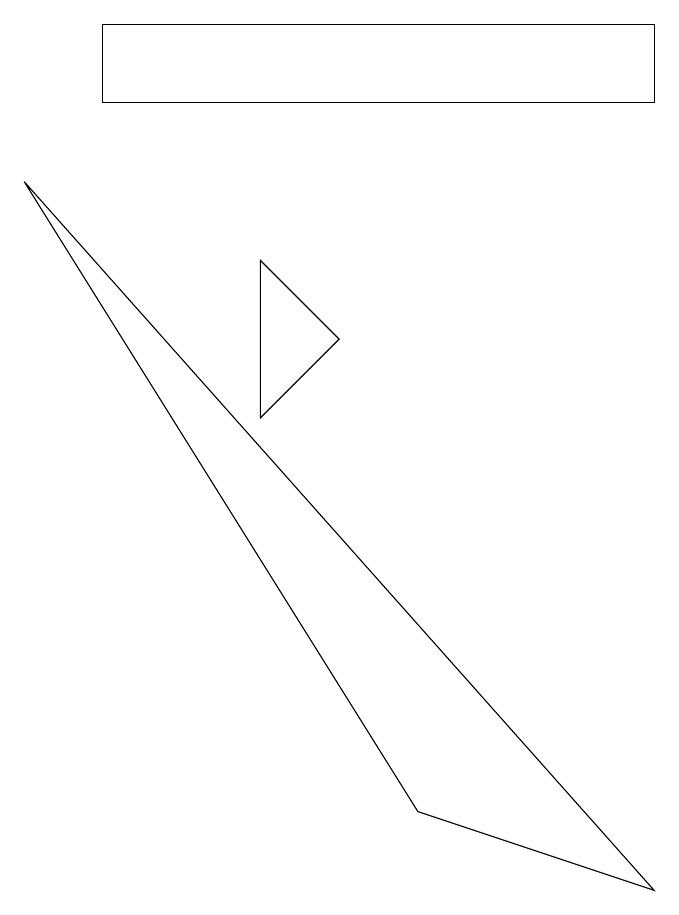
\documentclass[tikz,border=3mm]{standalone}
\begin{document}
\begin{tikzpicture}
\draw (1,11) rectangle (8,10);
\draw (5,1) -- (8,0) -- (0,9) -- cycle;
\draw (3,8) -- (3,6) -- (4,7) -- cycle;
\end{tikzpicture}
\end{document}